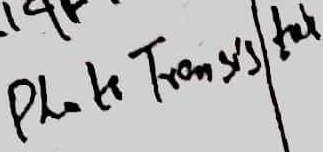
Text: Photo Transistor